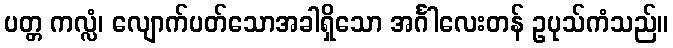
ပတ္တ ကလ္လံ၊ လျောက်ပတ်သောအခါရှိသော အင်္ဂါလေးတန် ဥပုသ်ကံသည်။